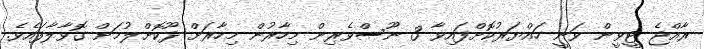
ރާއްޖެ ޓީވީން ވަނީ ހައްޔަރުކޮށްފައިވާ 3 ނޫސްވެރިން މިހާރުން މިހާރަށް ދޫކޮށްލުމަށް ގޮވާލާފައެވެ.